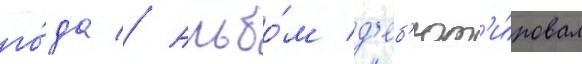
го́да // Альбо́м д'еб'ют'и́ровал